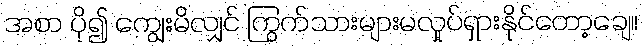
အစာ ပို၍ ကျွေးမိလျှင် ကြွက်သားများမလှုပ်ရှားနိုင်တော့ချေ။